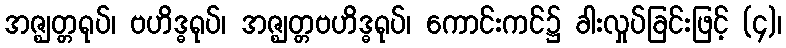
အဇ္ဈတ္တရုပ်၊ ဗဟိဒ္ဓရုပ်၊ အဇ္ဈတ္တဗဟိဒ္ဓရုပ်၊ ကောင်းကင်၌ ခါးလှုပ်ခြင်းဖြင့် (၄)၊